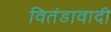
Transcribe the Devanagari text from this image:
वितंडावादी